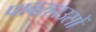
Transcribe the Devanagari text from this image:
पावरहाउसों